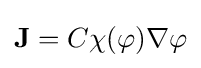
{\bf {J}}=C\chi (\varphi )\nabla \varphi